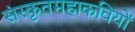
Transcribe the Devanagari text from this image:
संस्कृतमहाकवियों